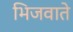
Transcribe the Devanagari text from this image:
भिजवाते